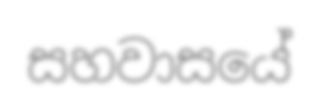
සහවාසයේ